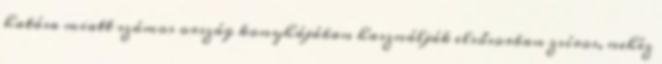
hatása miatt számos ország konyhájában használják elsősorban zsíros, nehéz